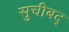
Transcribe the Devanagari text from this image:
सुचीबद्